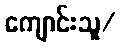
ကျောင်းသူ/